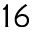
1 6